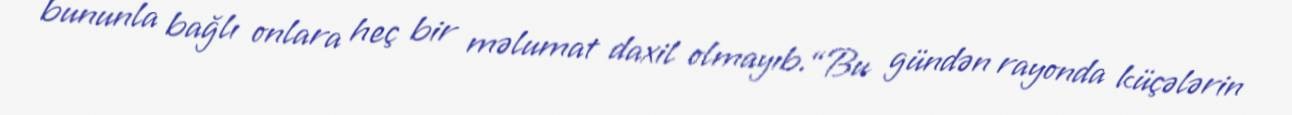
bununla bağlı onlara heç bir məlumat daxil olmayıb.“Bu gündən rayonda küçələrin